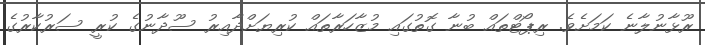
ރޫޅާނުލާނެ ކަމަށެވެ. ރިޕޯޓްތައް ބުނާ ގޮތުގައި މުޒާހަރާތައް ކުރިޔަށްދާއިރު ސޫދާނުގެ ކުރީ ސަރުކާރުގެ